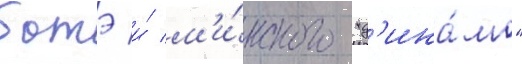
батэ и́ м'и́нского "д'ина́мо"